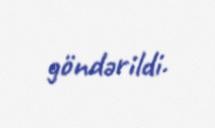
göndərildi.